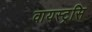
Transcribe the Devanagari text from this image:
वायस्ट्रसि